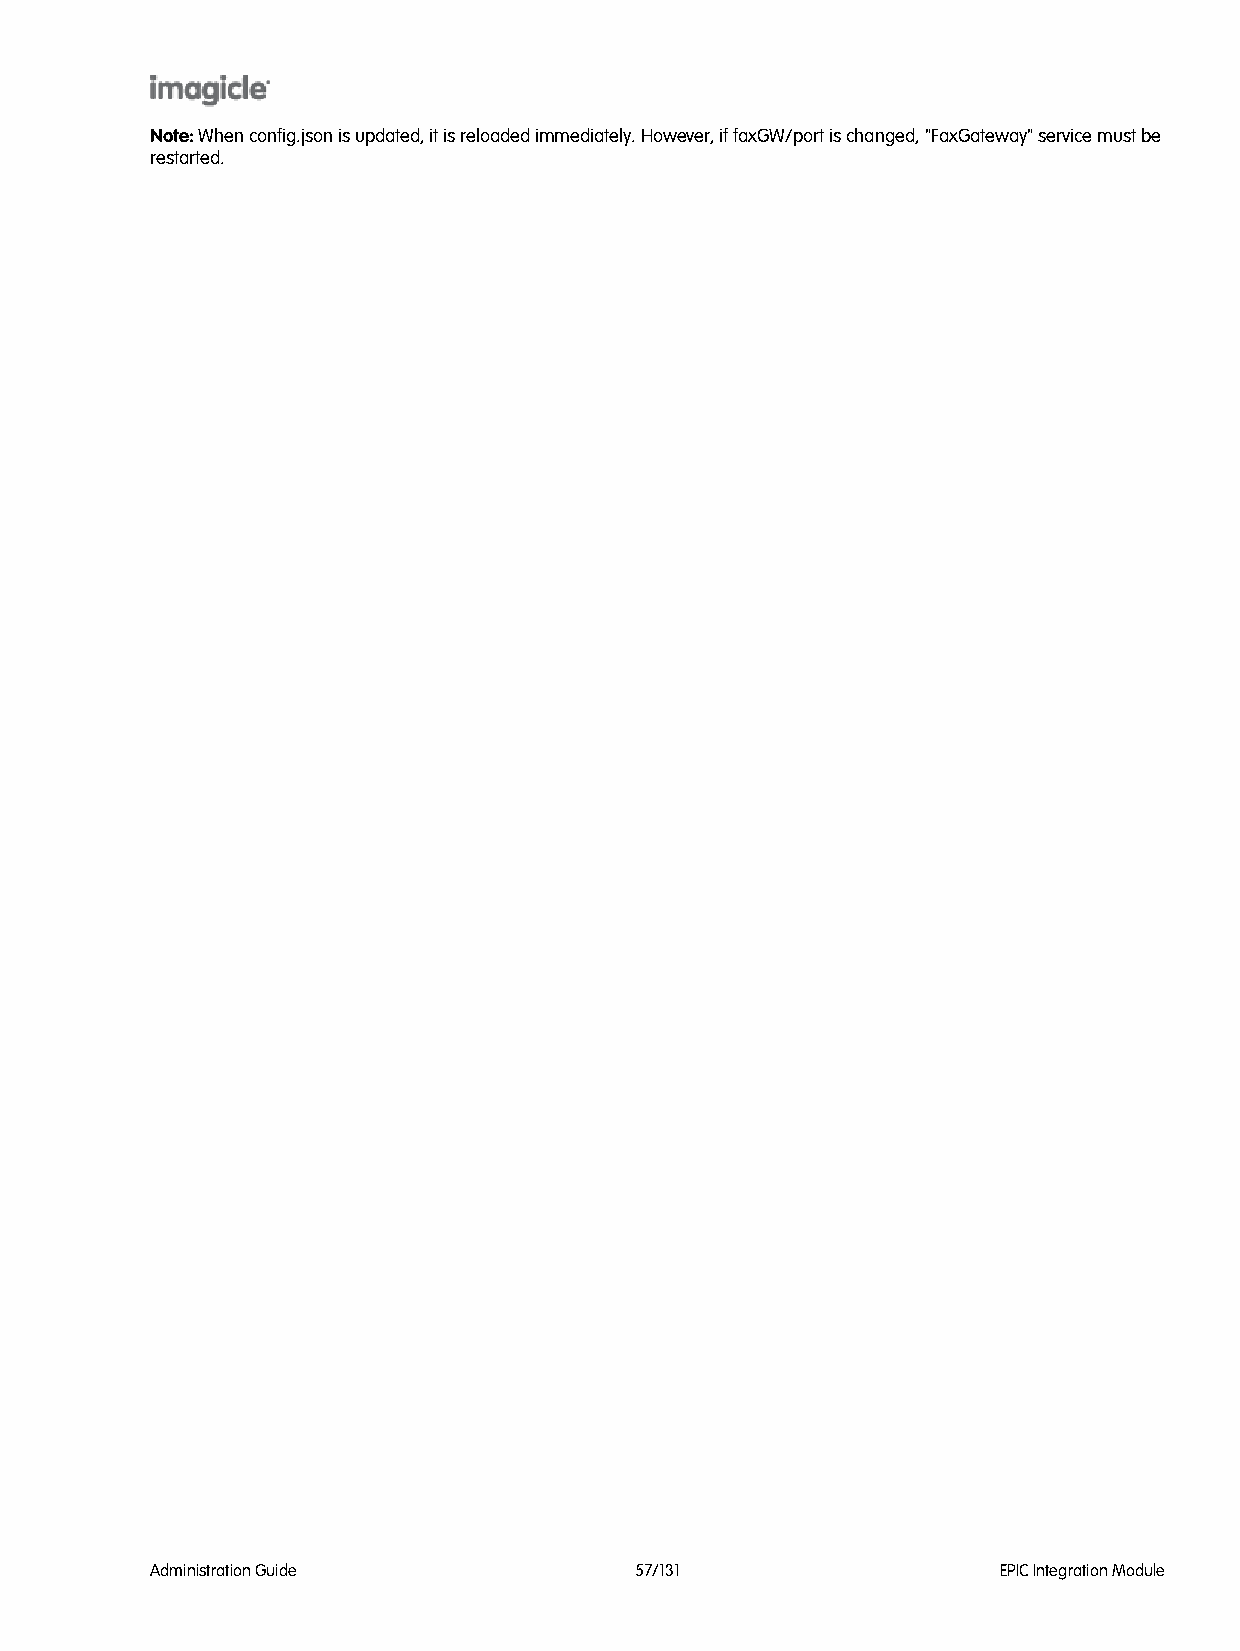
Note: When config.json is updated, it is reloaded immediately. However, if faxGW/port is changed, "FaxGateway" service must be
 restarted.
 Administration Guide            57/131                  EPIC Integration Module